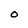
Character: o